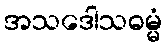
အသဒေါသဓမ္မံ